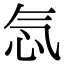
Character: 忥